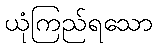
ယုံကြည်ရသော